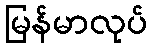
မြန်မာလုပ်